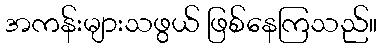
အကန်းများသဖွယ် ဖြစ်နေကြသည်။